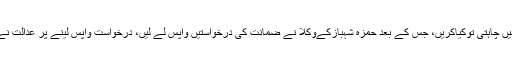
وکیل حمزہ شہباز نے کہا تھا عدالت ہمیں سنناہی نہیں چاہتی توکیاکریں، جس کے بعد حمزہ شہبازکےوکلا نے ضمانت کی درخواستیں واپس لے لیں، درخواست واپس لینے پر عدالت نے حمزہ شہباز کی درخواست ضمانت مسترد کردی۔